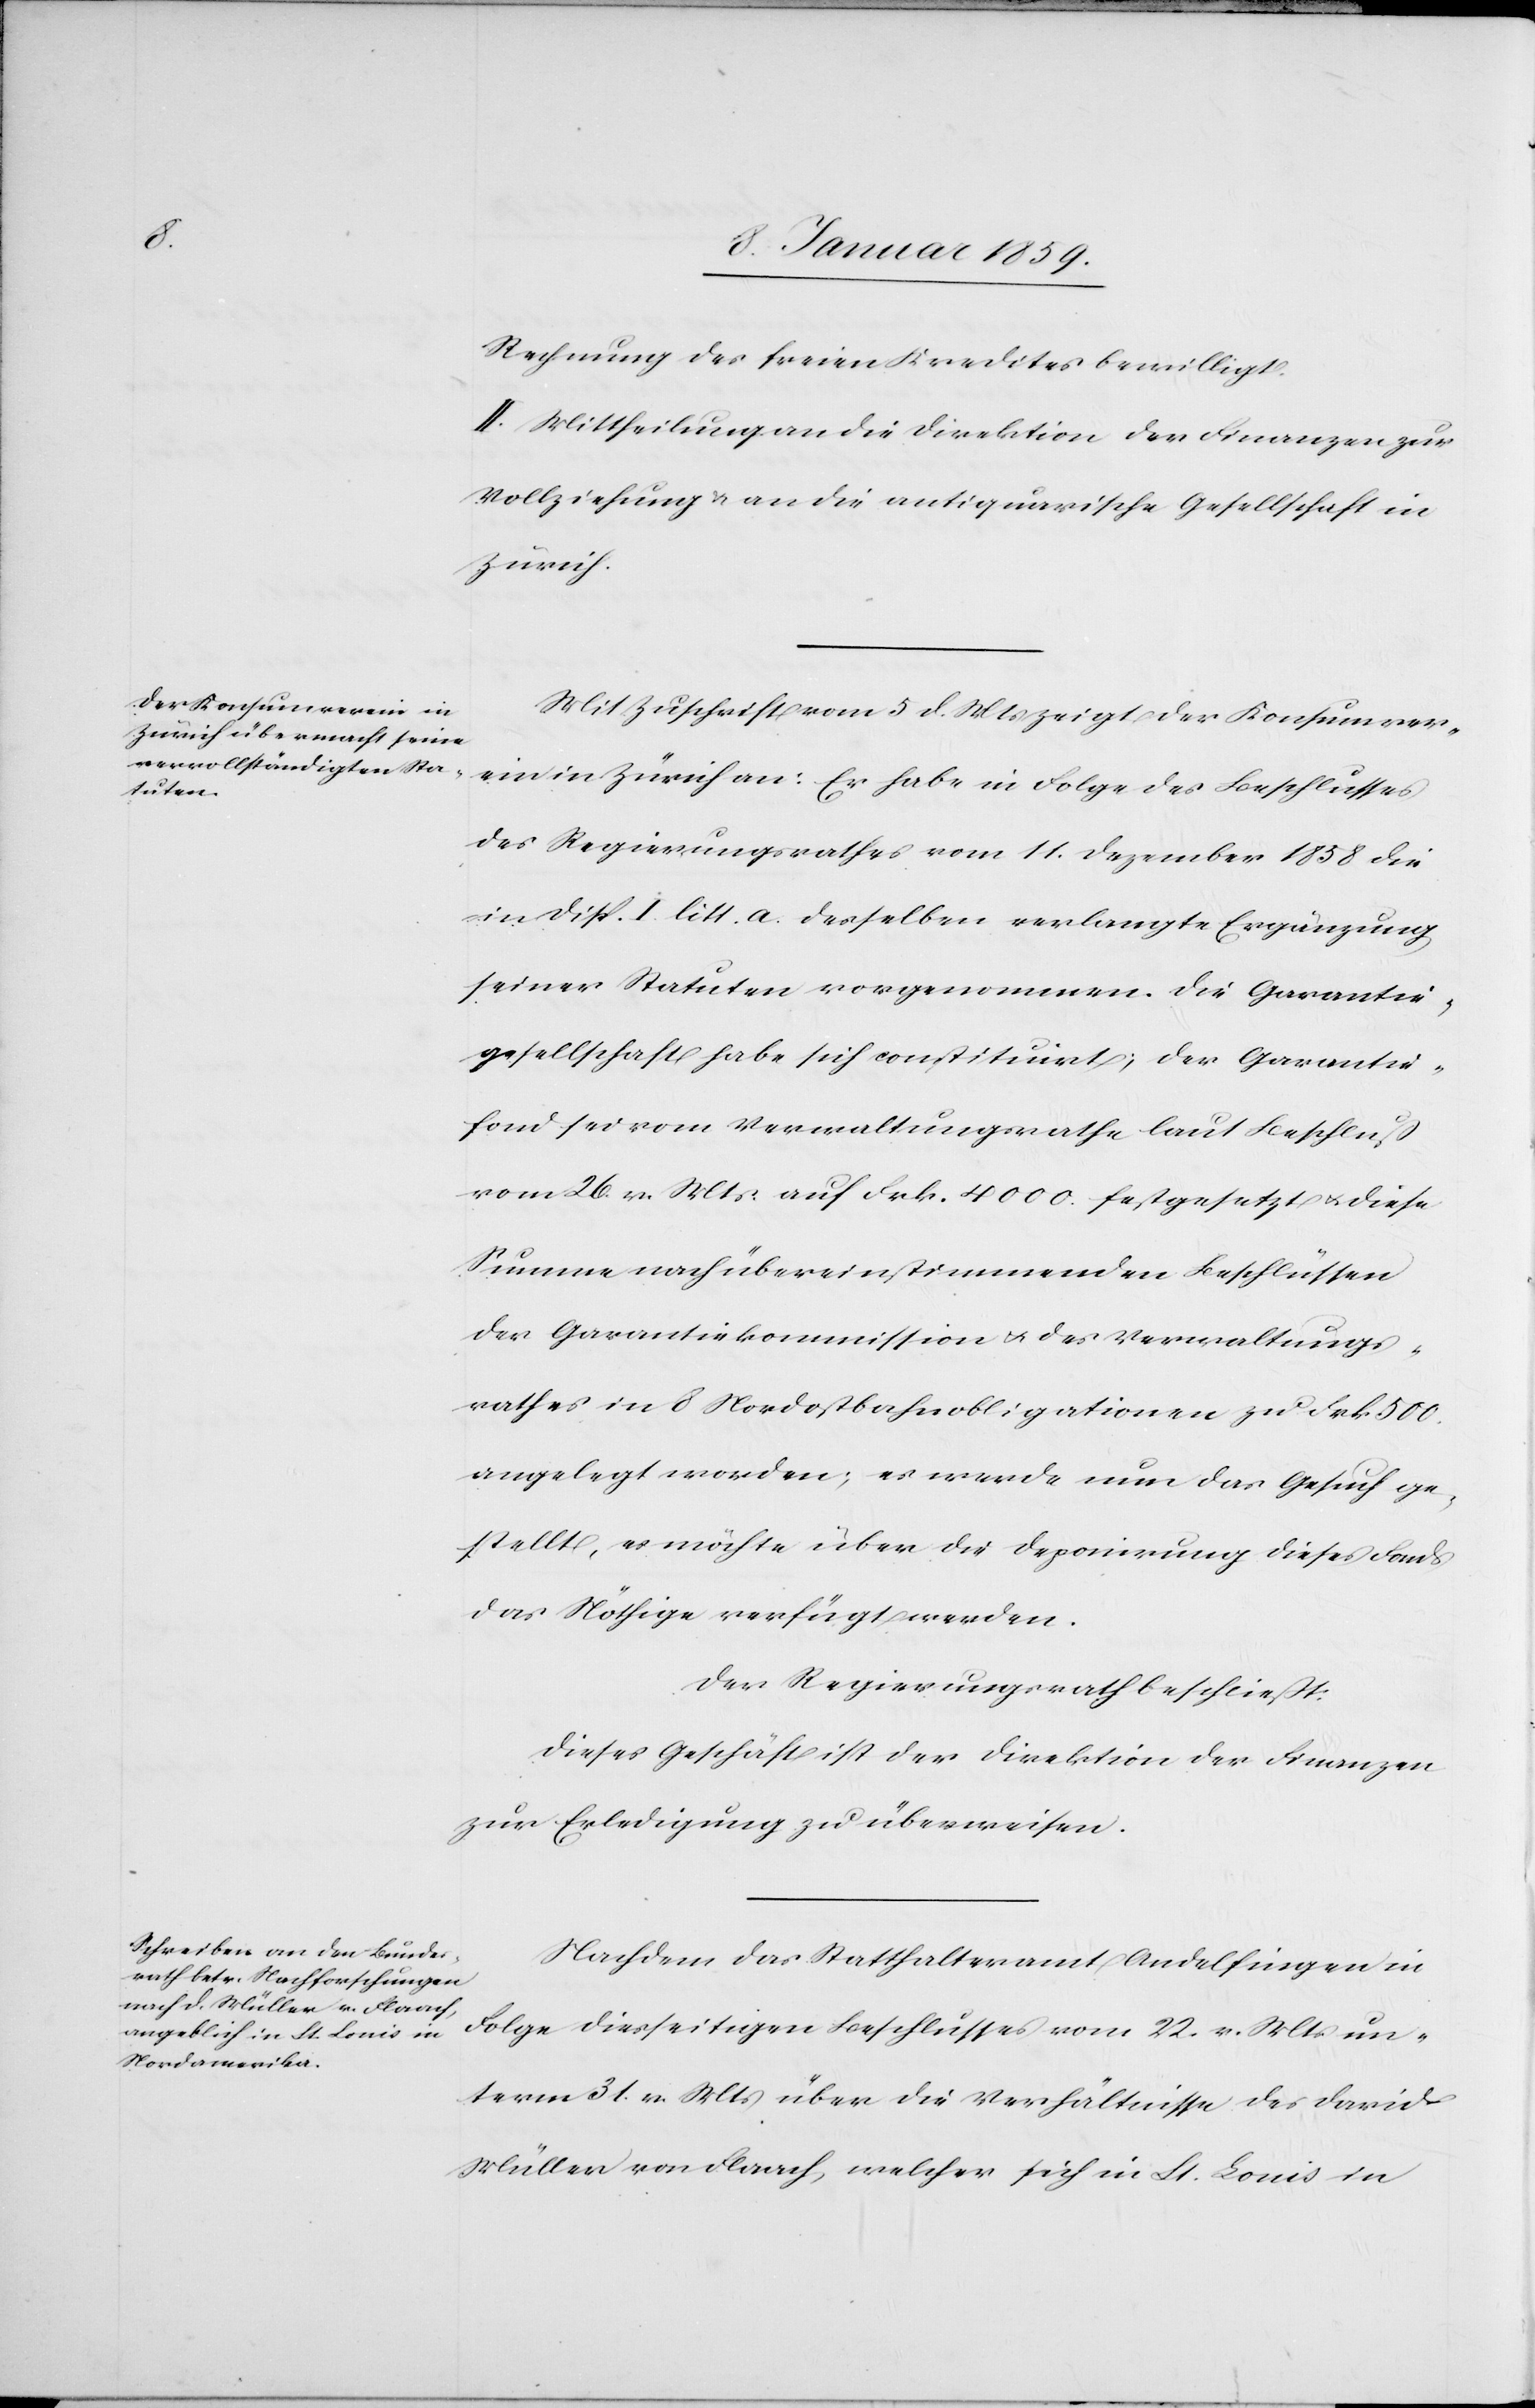
Rechnung des freien Kredites bewilligt.
II. Mittheilung an die Direktion der Finanzen zur
Vollziehung u. an die antiquarische Gesellschaft in
Zürich.
Mit Zuschrift vom 5 d. Mts zeigt der Konsumver¬
ein in Zürich an: Er habe in Folge des Beschlusses
des Regierungsrathes vom 11. Dezember 1858 die
in Disp. I. litt. a. desselben verlangte Ergänzung
seiner Statuten vorgenommen. Die Garantie¬
gesellschaft habe sich constituirt; der Garantie¬
fond sei vom Verwaltungsrathe laut Beschluß
vom 26. v. Mts. auf Frk. 4000. festgesetzt u. diese
Summe nach übereinstimmenden Beschlüssen
der Garantiekommission u. des Verwaltungs¬
rathes in 8 Nordostbahnobligationen zu Frk. 500.
angelegt werden; es werde nun das Gesuch ge¬
stellt, es möchte über die Deponirung dieses Fonds
das Nöthige verfügt werden.
Der Regierungsrath beschließt:
Dieses Geschäft ist der Direktion der Finanzen
zur Erledigung zu überweisen.
Nachdem das Statthalteramt Andelfingen in
Folge diesseitigen Beschlusses vom 22. v. Mts. un¬
term 31. v. Mts. über die Verhältisse des David
Müller von Flaach, welcher sich in St. Louis in